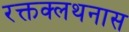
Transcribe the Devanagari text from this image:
रक्तक्लथनास